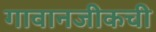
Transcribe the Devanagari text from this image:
गावानजीकची